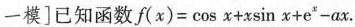
一模]已知函数$$f(x)=\cos x+x\sin x+e^{x}-ax$$.